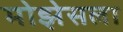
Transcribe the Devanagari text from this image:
मोझेसला